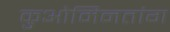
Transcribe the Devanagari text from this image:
कुओमिनतांग